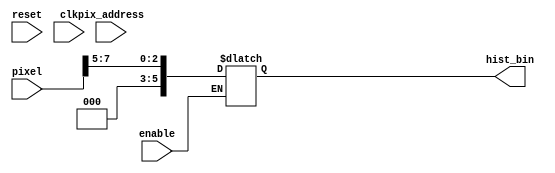
module hist_compute(
    input enable, reset, clk,
    input [7:0] pixel,
    input [13:0] pix_address,
    output reg [5:0] hist_bin
);

always@(pixel) begin
    if(enable) begin
        hist_bin = pixel >> 5;
    end 
end

endmodule